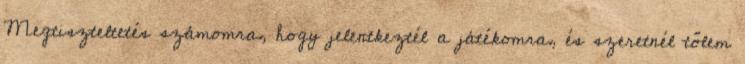
Megtiszteltetés számomra, hogy jelentkeztél a játékomra, és szeretnél tőlem